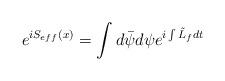
LaTeX: \begin{align*}e^{iS_{eff}(x)}=\int d\bar\psi d\psi e^{i\int \tilde L_f dt}\end{align*}